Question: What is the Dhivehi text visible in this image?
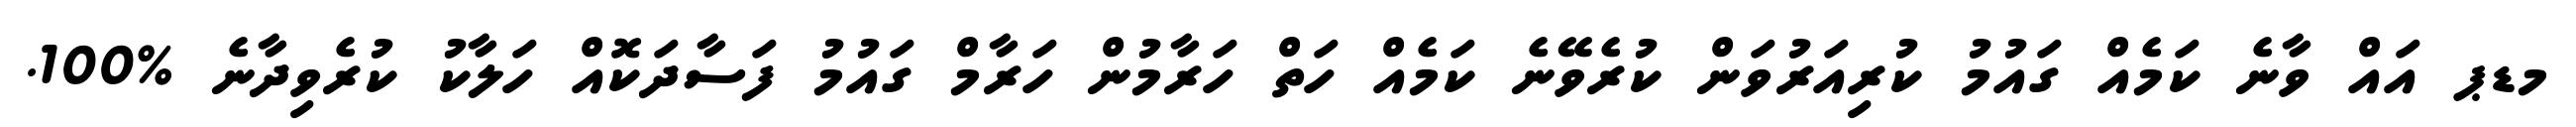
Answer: މޑޕ އައް ވާނެ ކަމެއް ގައުމު ކުރިއަރުވަން ކުރެވޭނެ ކަމެއް ހަތް ހަރާމުން ހަރާމް ގައުމު ފަސާދަކޮއް ހަލާކު ކުރެވިދާނެ %100.